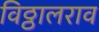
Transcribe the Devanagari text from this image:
विठ्ठालराव